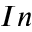
I n